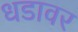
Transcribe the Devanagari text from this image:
धडावर